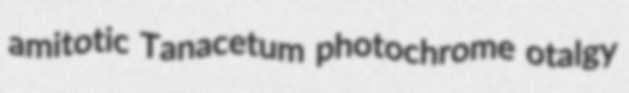
amitotic Tanacetum photochrome otalgy